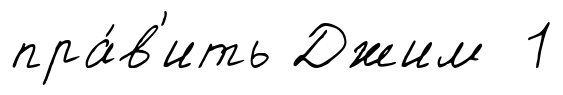
пра́в'ить Джим 1